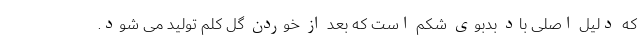
که دلیل اصلی باد بدبوی شکم است که بعد از خوردن گل کلم تولید می شود.